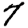
Digit: 7